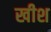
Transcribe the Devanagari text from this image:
खीश